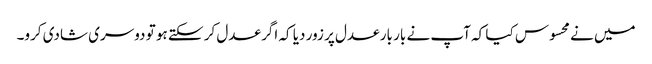
میں نے محسوس کیا کہ آپ نے بار بار عدل پر زور دیا کہ اگر عدل کر سکتے ہو تو دوسری شادی کرو۔